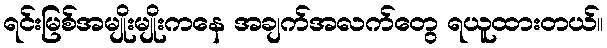
ရင်းမြစ်အမျိုးမျိုးကနေ အချက်အလက်တွေ ရယူထားတယ်။